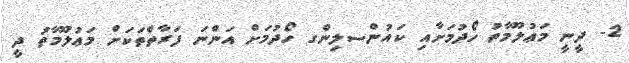
2- ދީނީ މަޢުލޫމާތު ހޯދުމަށާއި ކައުންސލިންގ ހޯދުމަށް އަންނަ ފަރާތްތަކަށް މަޢުލޫމާތު ދީ